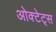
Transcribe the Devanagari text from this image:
ओक्टेट्स